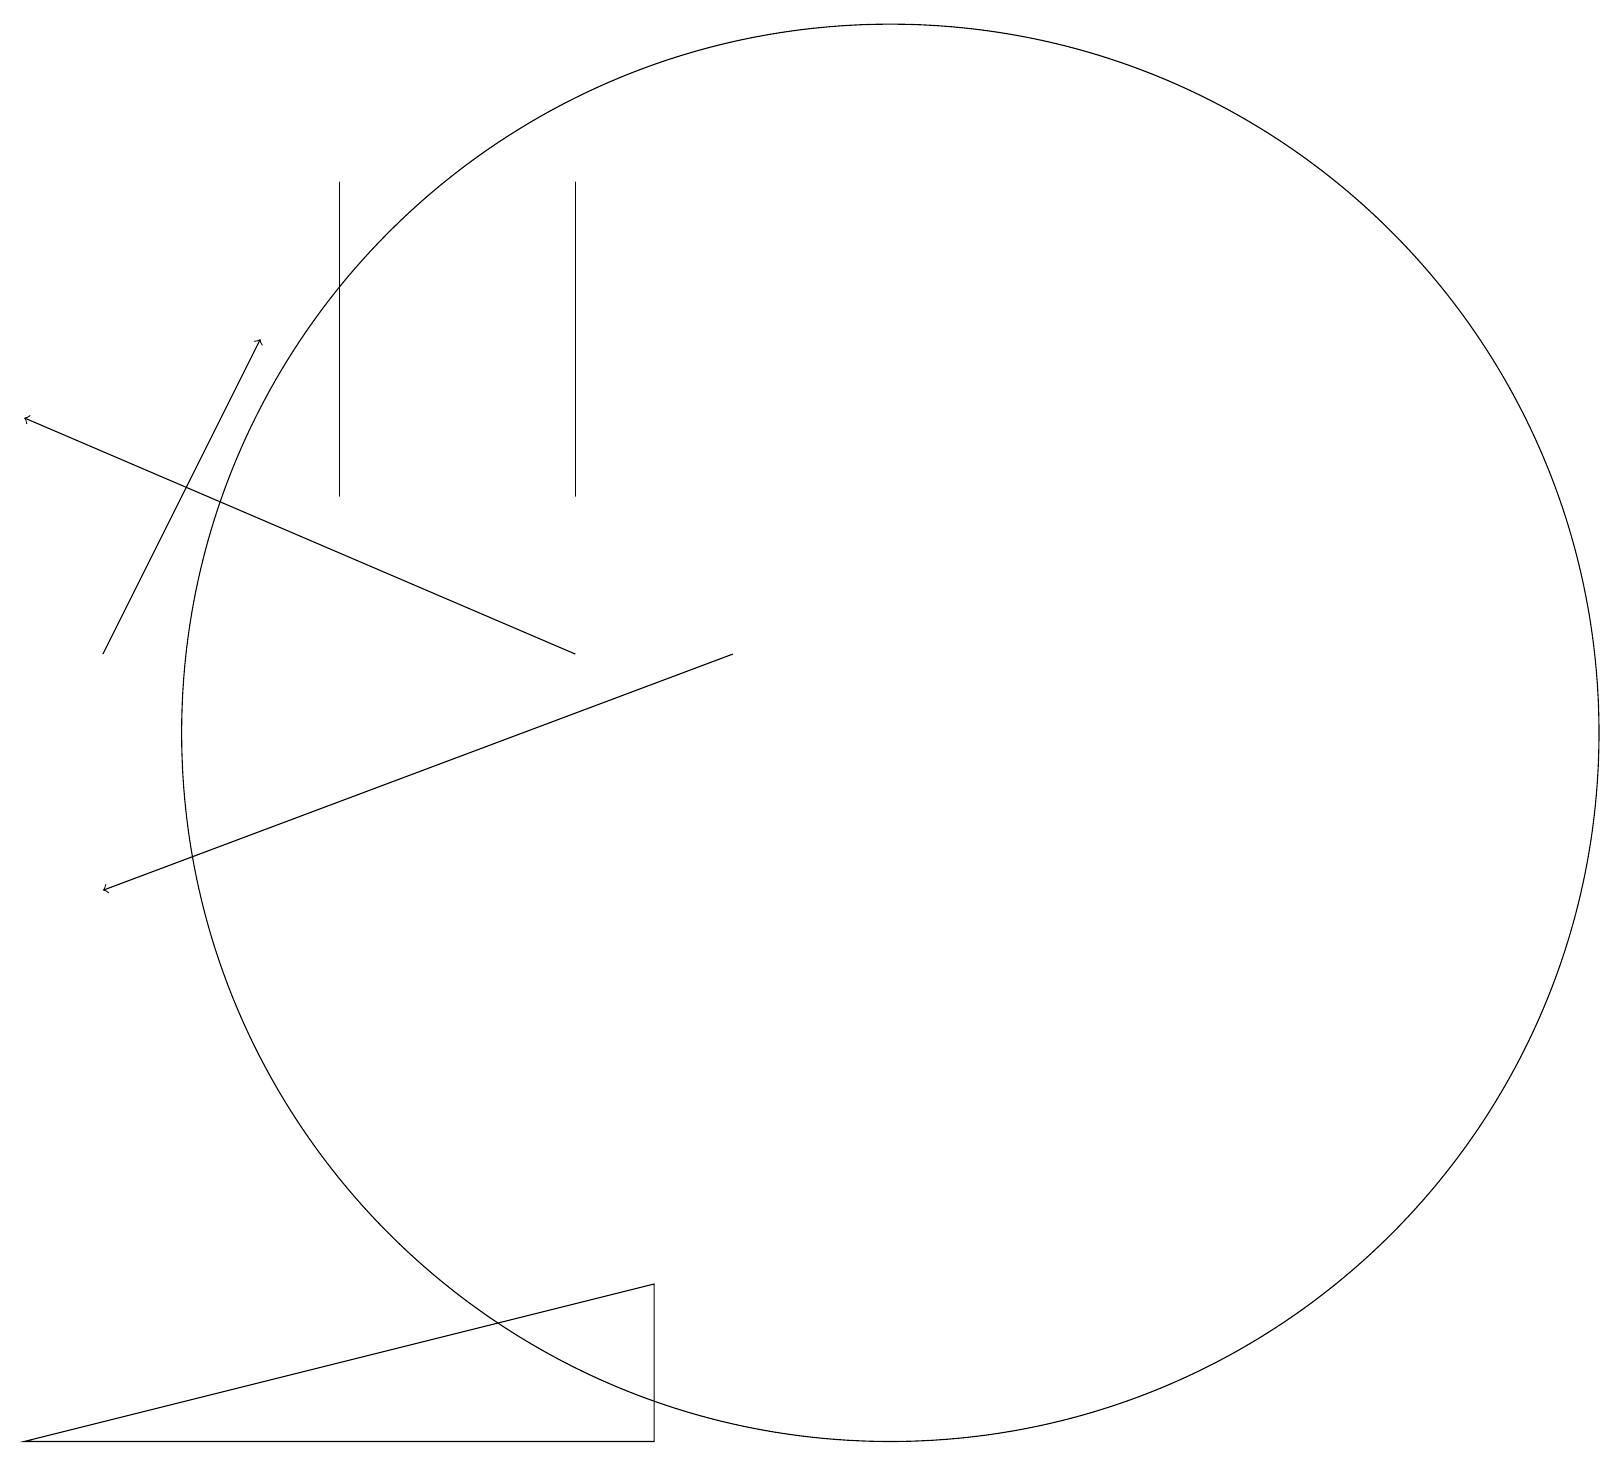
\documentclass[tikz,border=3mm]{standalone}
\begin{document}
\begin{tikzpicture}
\draw (11,12) circle (9);
\draw (4,15) rectangle (4,19);
\draw[->] (9,13) -- (1,10);
\draw[->] (7,13) -- (0,16);
\draw (7,15) rectangle (7,19);
\draw[->] (1,13) -- (3,17);
\draw (8,5) -- (8,3) -- (0,3) -- cycle;
\draw (5,3) -- (3,3) -- (7,3) -- cycle;
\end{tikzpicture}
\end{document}